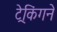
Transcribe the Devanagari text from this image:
ट्रेकिंगने